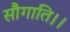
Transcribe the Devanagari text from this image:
सौगाति।।